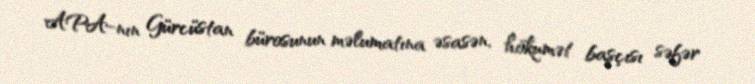
APA-nın Gürcüstan bürosunun məlumatına əsasən, hökumət başçısı səfər